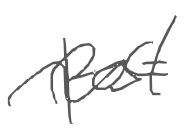
Text: post
Cross-out: wave
Writing tool: digital_gray